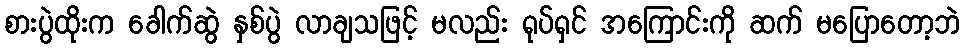
စားပွဲထိုးက ခေါက်ဆွဲ နှစ်ပွဲ လာချသဖြင့် မလည်း ရုပ်ရှင် အကြောင်းကို ဆက် မပြောတော့ဘဲ